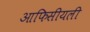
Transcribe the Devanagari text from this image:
आफिसीयली